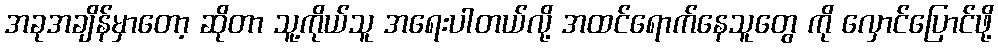
အခုအချိန်မှာတော့ ဆိုတာ သူ့ကိုယ်သူ အရေးပါတယ်လို့ အထင်ရောက်နေသူတွေ ကို လှောင်ပြောင်ဖို့